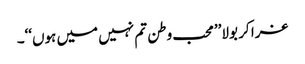
غرا کر بولا’’محب وطن تم نہیں میں ہوں‘‘۔